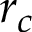
r _ { c }